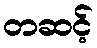
တဆင့်